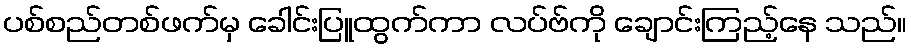
ပစ်စည်တစ်ဖက်မှ ခေါင်းပြူထွက်ကာ လပ်ဗ်ကို ချောင်းကြည့်နေ သည်။